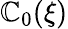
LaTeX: \mathbb{C}_{0}(\xi)